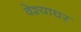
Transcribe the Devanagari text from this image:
वेश्याघर